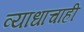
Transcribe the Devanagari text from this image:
व्याधाचाही